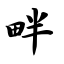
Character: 畔